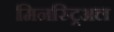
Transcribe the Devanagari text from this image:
मिनस्ट्रिअल